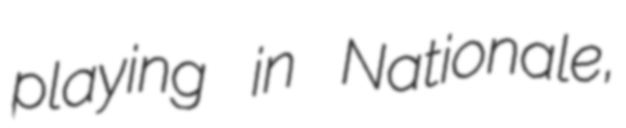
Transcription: playing in Nationale,